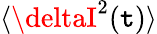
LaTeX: \langle\deltaI^{2}(\mathtt{t})\rangle